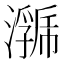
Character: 𭳄